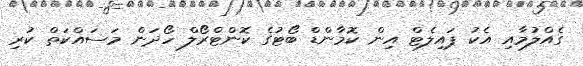
ގެއްލުމާއި އެކު ޕައިލެޓް އިން ކޮމާންޑް ބޯޓުގެ ކޮންޓްރޯލް ހޯދަން މަސައްކަތް ކުރި